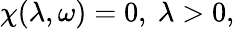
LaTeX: \chi(\lambda,\omega)=0,~\lambda>0,